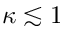
\kappa \lesssim 1